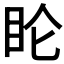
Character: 𬑆